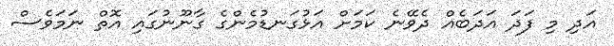
އަދި މި ފަދަ އަދަބެއް ދެވޭނެ ކަމަށް އަޅުގަނޑުމެންގެ ގާނޫނުގައި އޮތް ނަމަވެސް